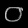
Digit: ၀